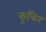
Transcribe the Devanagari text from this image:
कूचिन